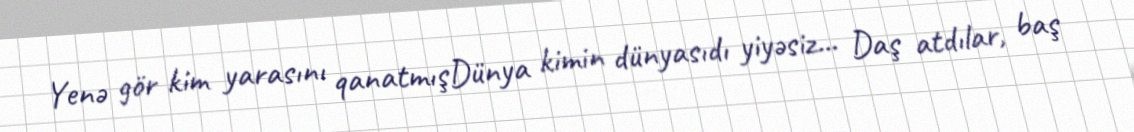
Yenə gör kim yarasını qanatmışDünya kimin dünyasıdı yiyəsiz... Daş atdılar, baş